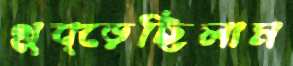
থুব্‌ড়েছিলাম